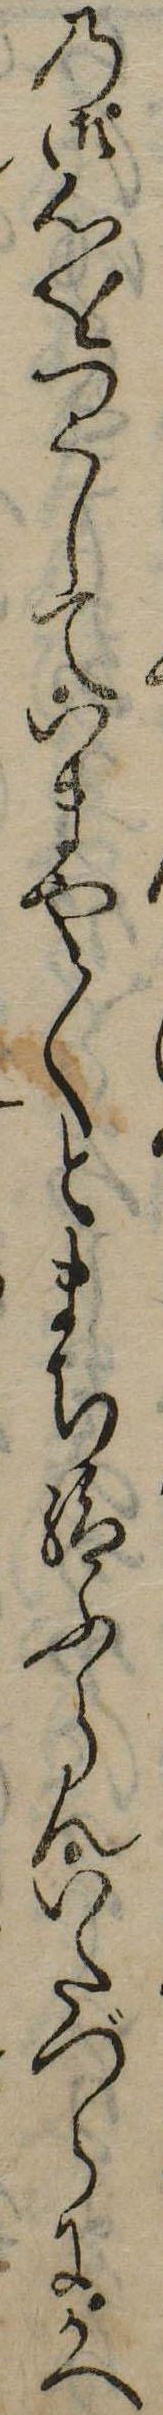
の御心をつくしていまや〱とまち給ふらんいたづらにかへ